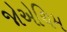
જોએચિમ